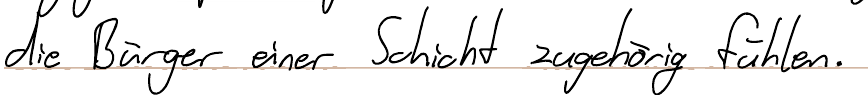
die Bürger einer Schicht zugehörig fühlen.